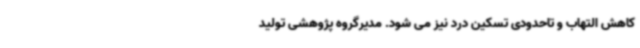
کاهش التهاب و تاحدودی تسکین درد نیز می شود. مدیرگروه پژوهشی تولید